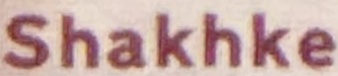
Shakhke